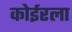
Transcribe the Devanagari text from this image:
कोईरला